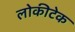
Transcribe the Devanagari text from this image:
लोकीटेक